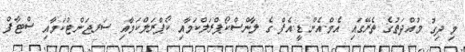
މި ދިގު މުއްދަތުގެ ތެރޭގައި އެމް.އެން.ޑީ.އެފް ގެ ލާންސްކޯޕްރަލްކަމާއި ކޯޕްރަލްކަމާއި ސަރޖަންޓްކަމާއި ސްޓާފް